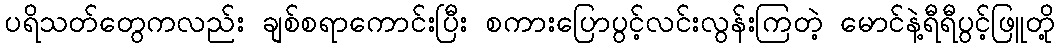
ပရိသတ်တွေကလည်း ချစ်စရာကောင်းပြီး စကားပြောပွင့်လင်းလွန်းကြတဲ့ မောင်နဲ့ရီရီပွင့်ဖြူတို့